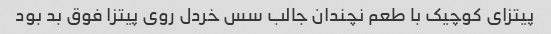
پیتزای کوچیک با طعم نچندان جالب سس خردل روی پیتزا فوق بد بود